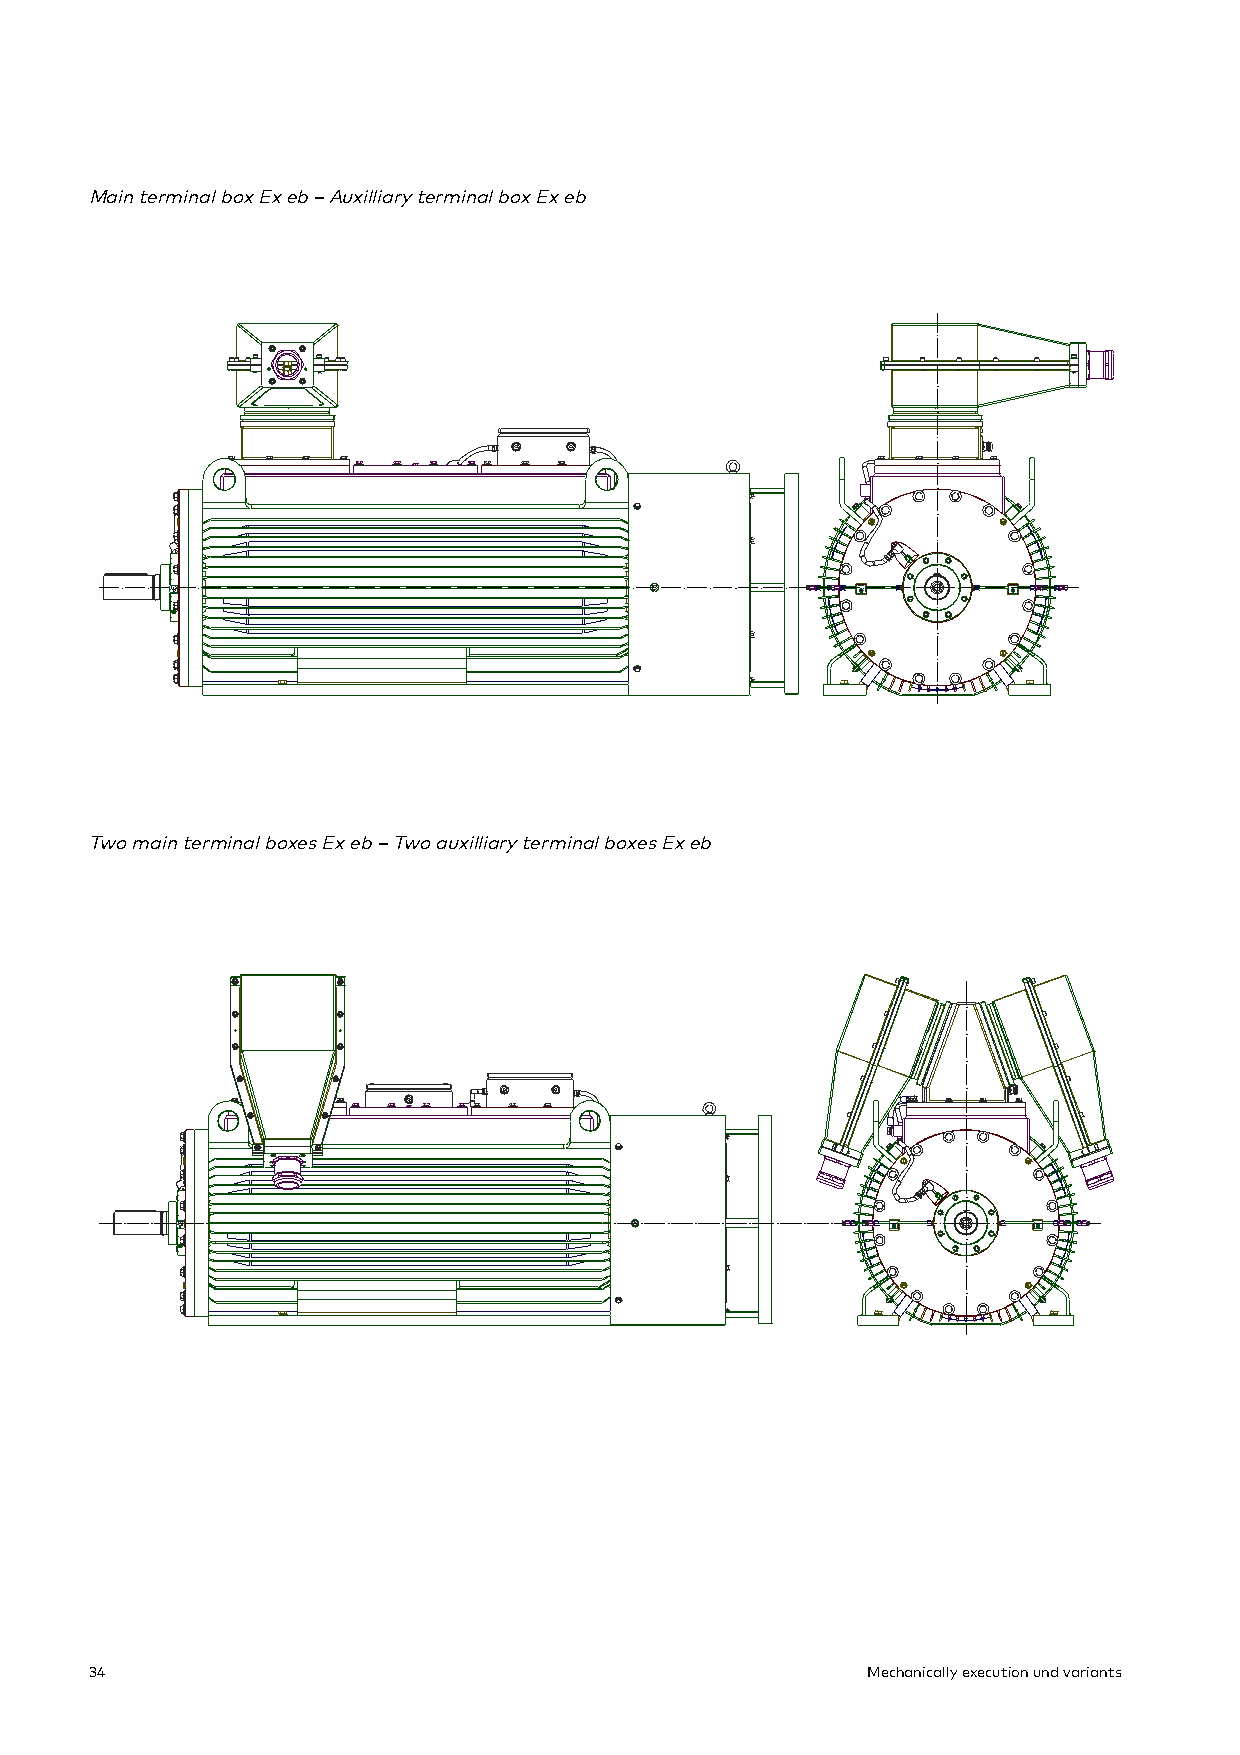
Main terminal box Ex eb – Auxilliary terminal box Ex eb
 Two main terminal boxes Ex eb – Two auxilliary terminal boxes Ex eb
 34                                                 Mechanically execution und variants